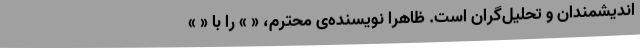
اندیشمندان و تحلیل‌گران است. ظاهراً نویسنده‌ی محترم، « » را با « »